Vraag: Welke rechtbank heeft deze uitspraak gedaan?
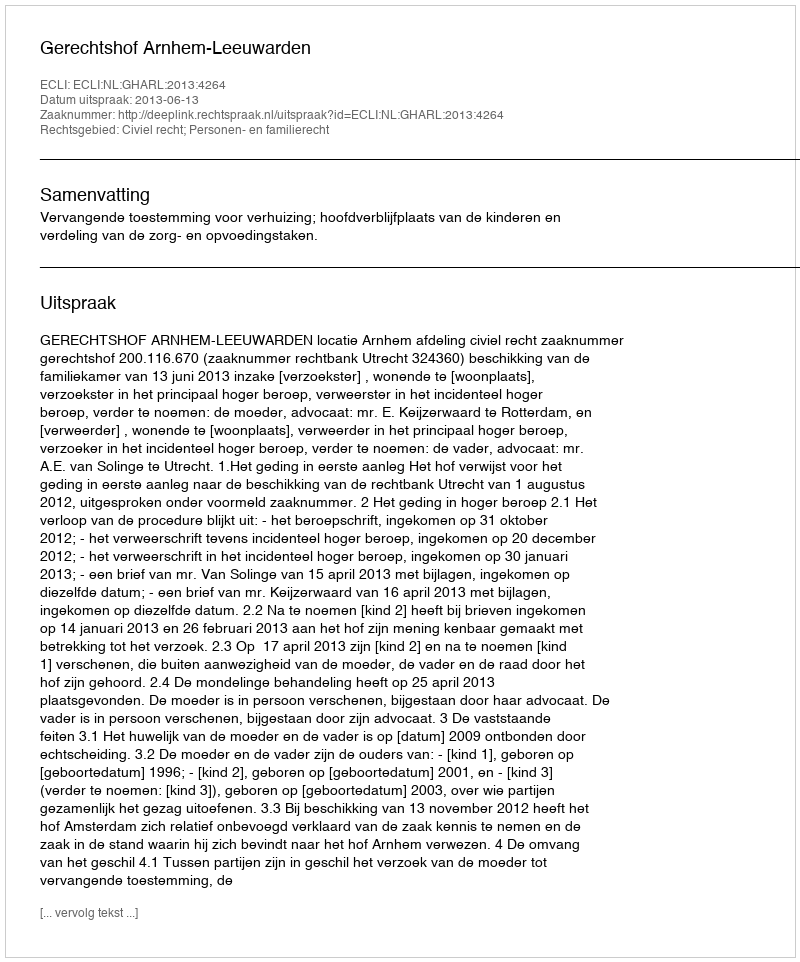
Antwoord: Gerechtshof Arnhem-Leeuwarden